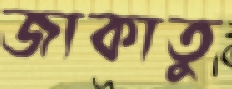
জাকাতু